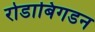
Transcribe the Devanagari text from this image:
रोडाबिगडन